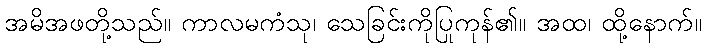
အမိအဖတို့သည်။ ကာလမကံသု၊ သေခြင်းကိုပြုကုန်၏။ အထ၊ ထို့နောက်။